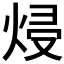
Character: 𭴵